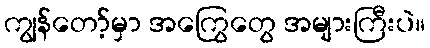
ကျွန်တော့်မှာ အကြွေတွေ အများကြီးပဲ။